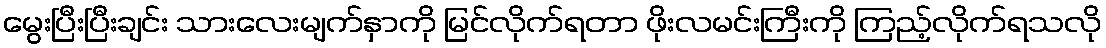
မွေးပြီးပြီးချင်း သားလေးမျက်နှာကို မြင်လိုက်ရတာ ဖိုးလမင်းကြီးကို ကြည့်လိုက်ရသလို